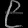
Digit: ၉